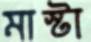
মাস্টা